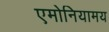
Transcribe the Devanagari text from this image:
एमोनियामय